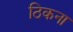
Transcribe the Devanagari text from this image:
ठिकना